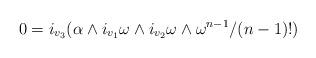
LaTeX: \begin{align*}0 = i_{v_3}(\alpha \wedge i_{v_1} \omega\wedge i_{v_2}\omega\wedge \omega^{n-1}/(n-1)!)\end{align*}